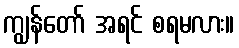
ကျွန်တော် အရင် စရမလား။